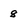
Character: 8